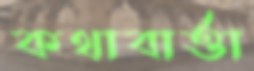
কথাবার্ত্তা